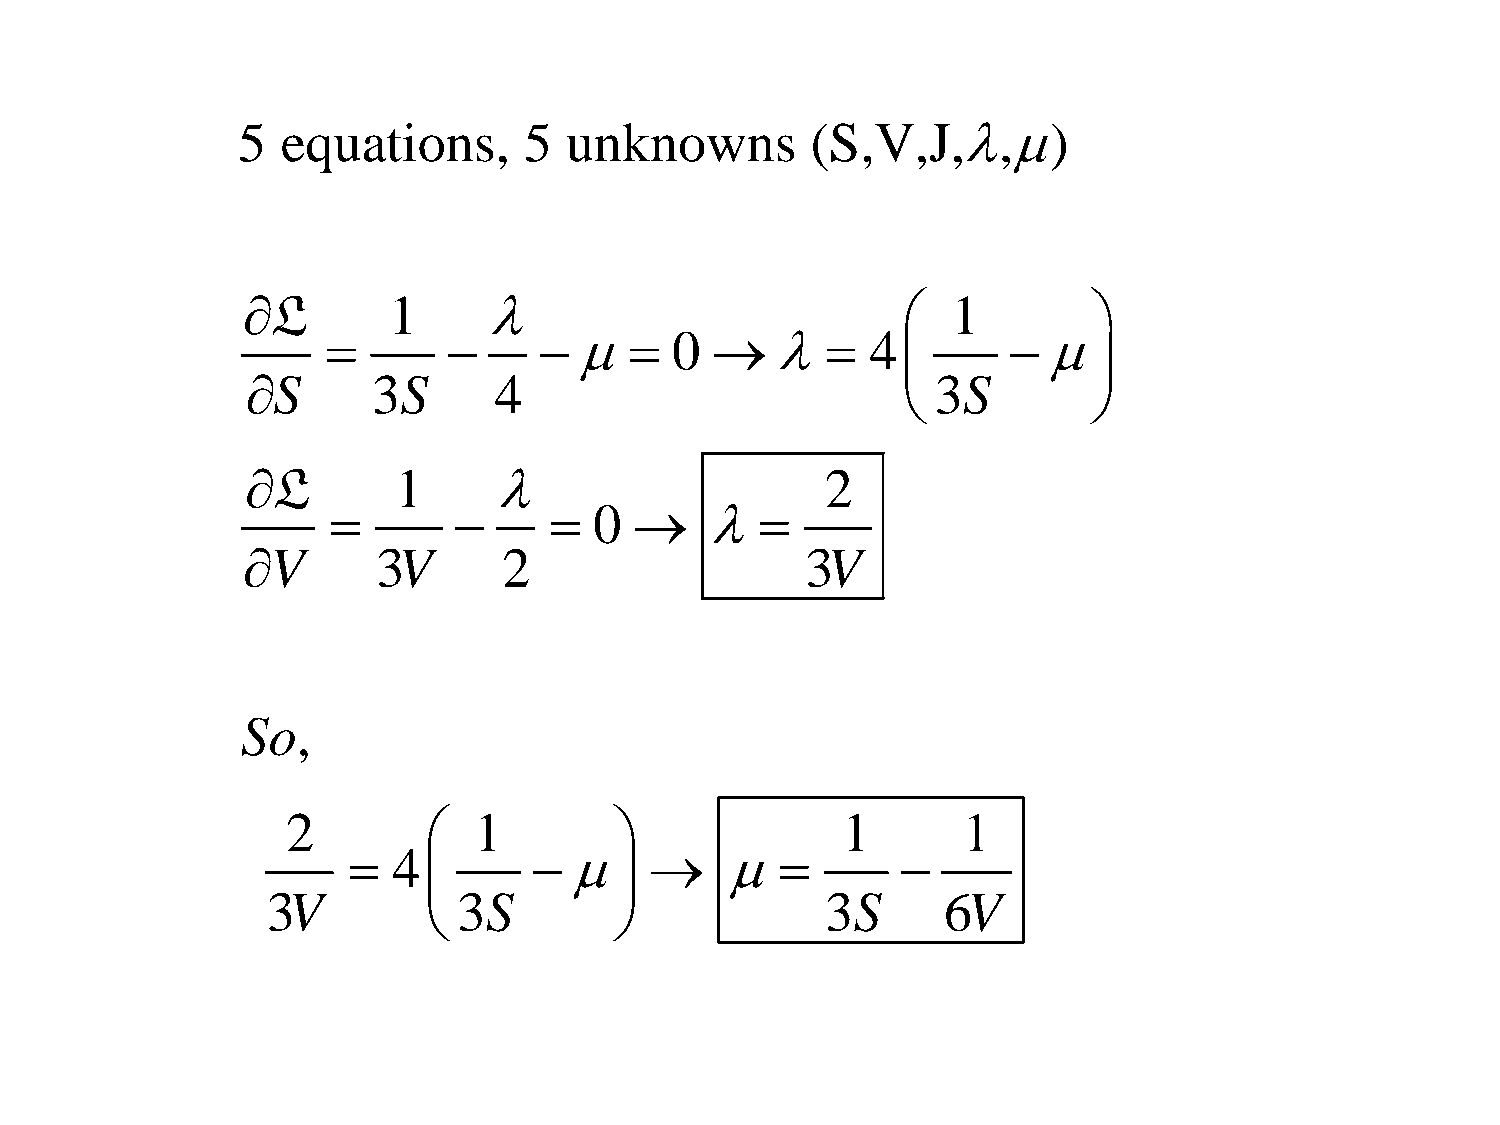
5  equations,      5 unknowns         (S,V,J,,)
 L        1                                  1        
                   0         4         
            
 S       3S      4                            3S
            
 L        1                           2
               0      
 V       3V      2                   3V
 So,
 2          1                       1       1
   4                            
             
 3V          3S                       3S     6V
             